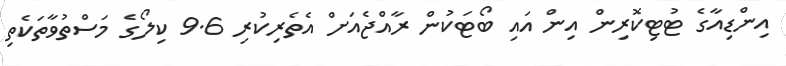
އިންޑިއާގެ ޓުޓިކޮރިން އިން އައި ބޯޓަކުން ރާއްޖެއަަށް އެތެރިކުރި 9.6 ކިލޯގެ މަސްތުވާތަކެތި